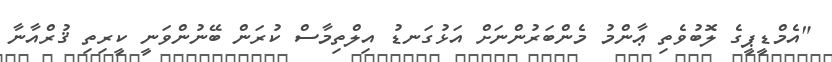
"އެމްޑީޕީގެ ލޮބުވެތި ޢާންމު މެންބަރުންނަށް އަޅުގަނޑު އިލްތިމާސް ކުރަން ބޭނުންވަނީ ކީރިތި ޤުރްއާނާ